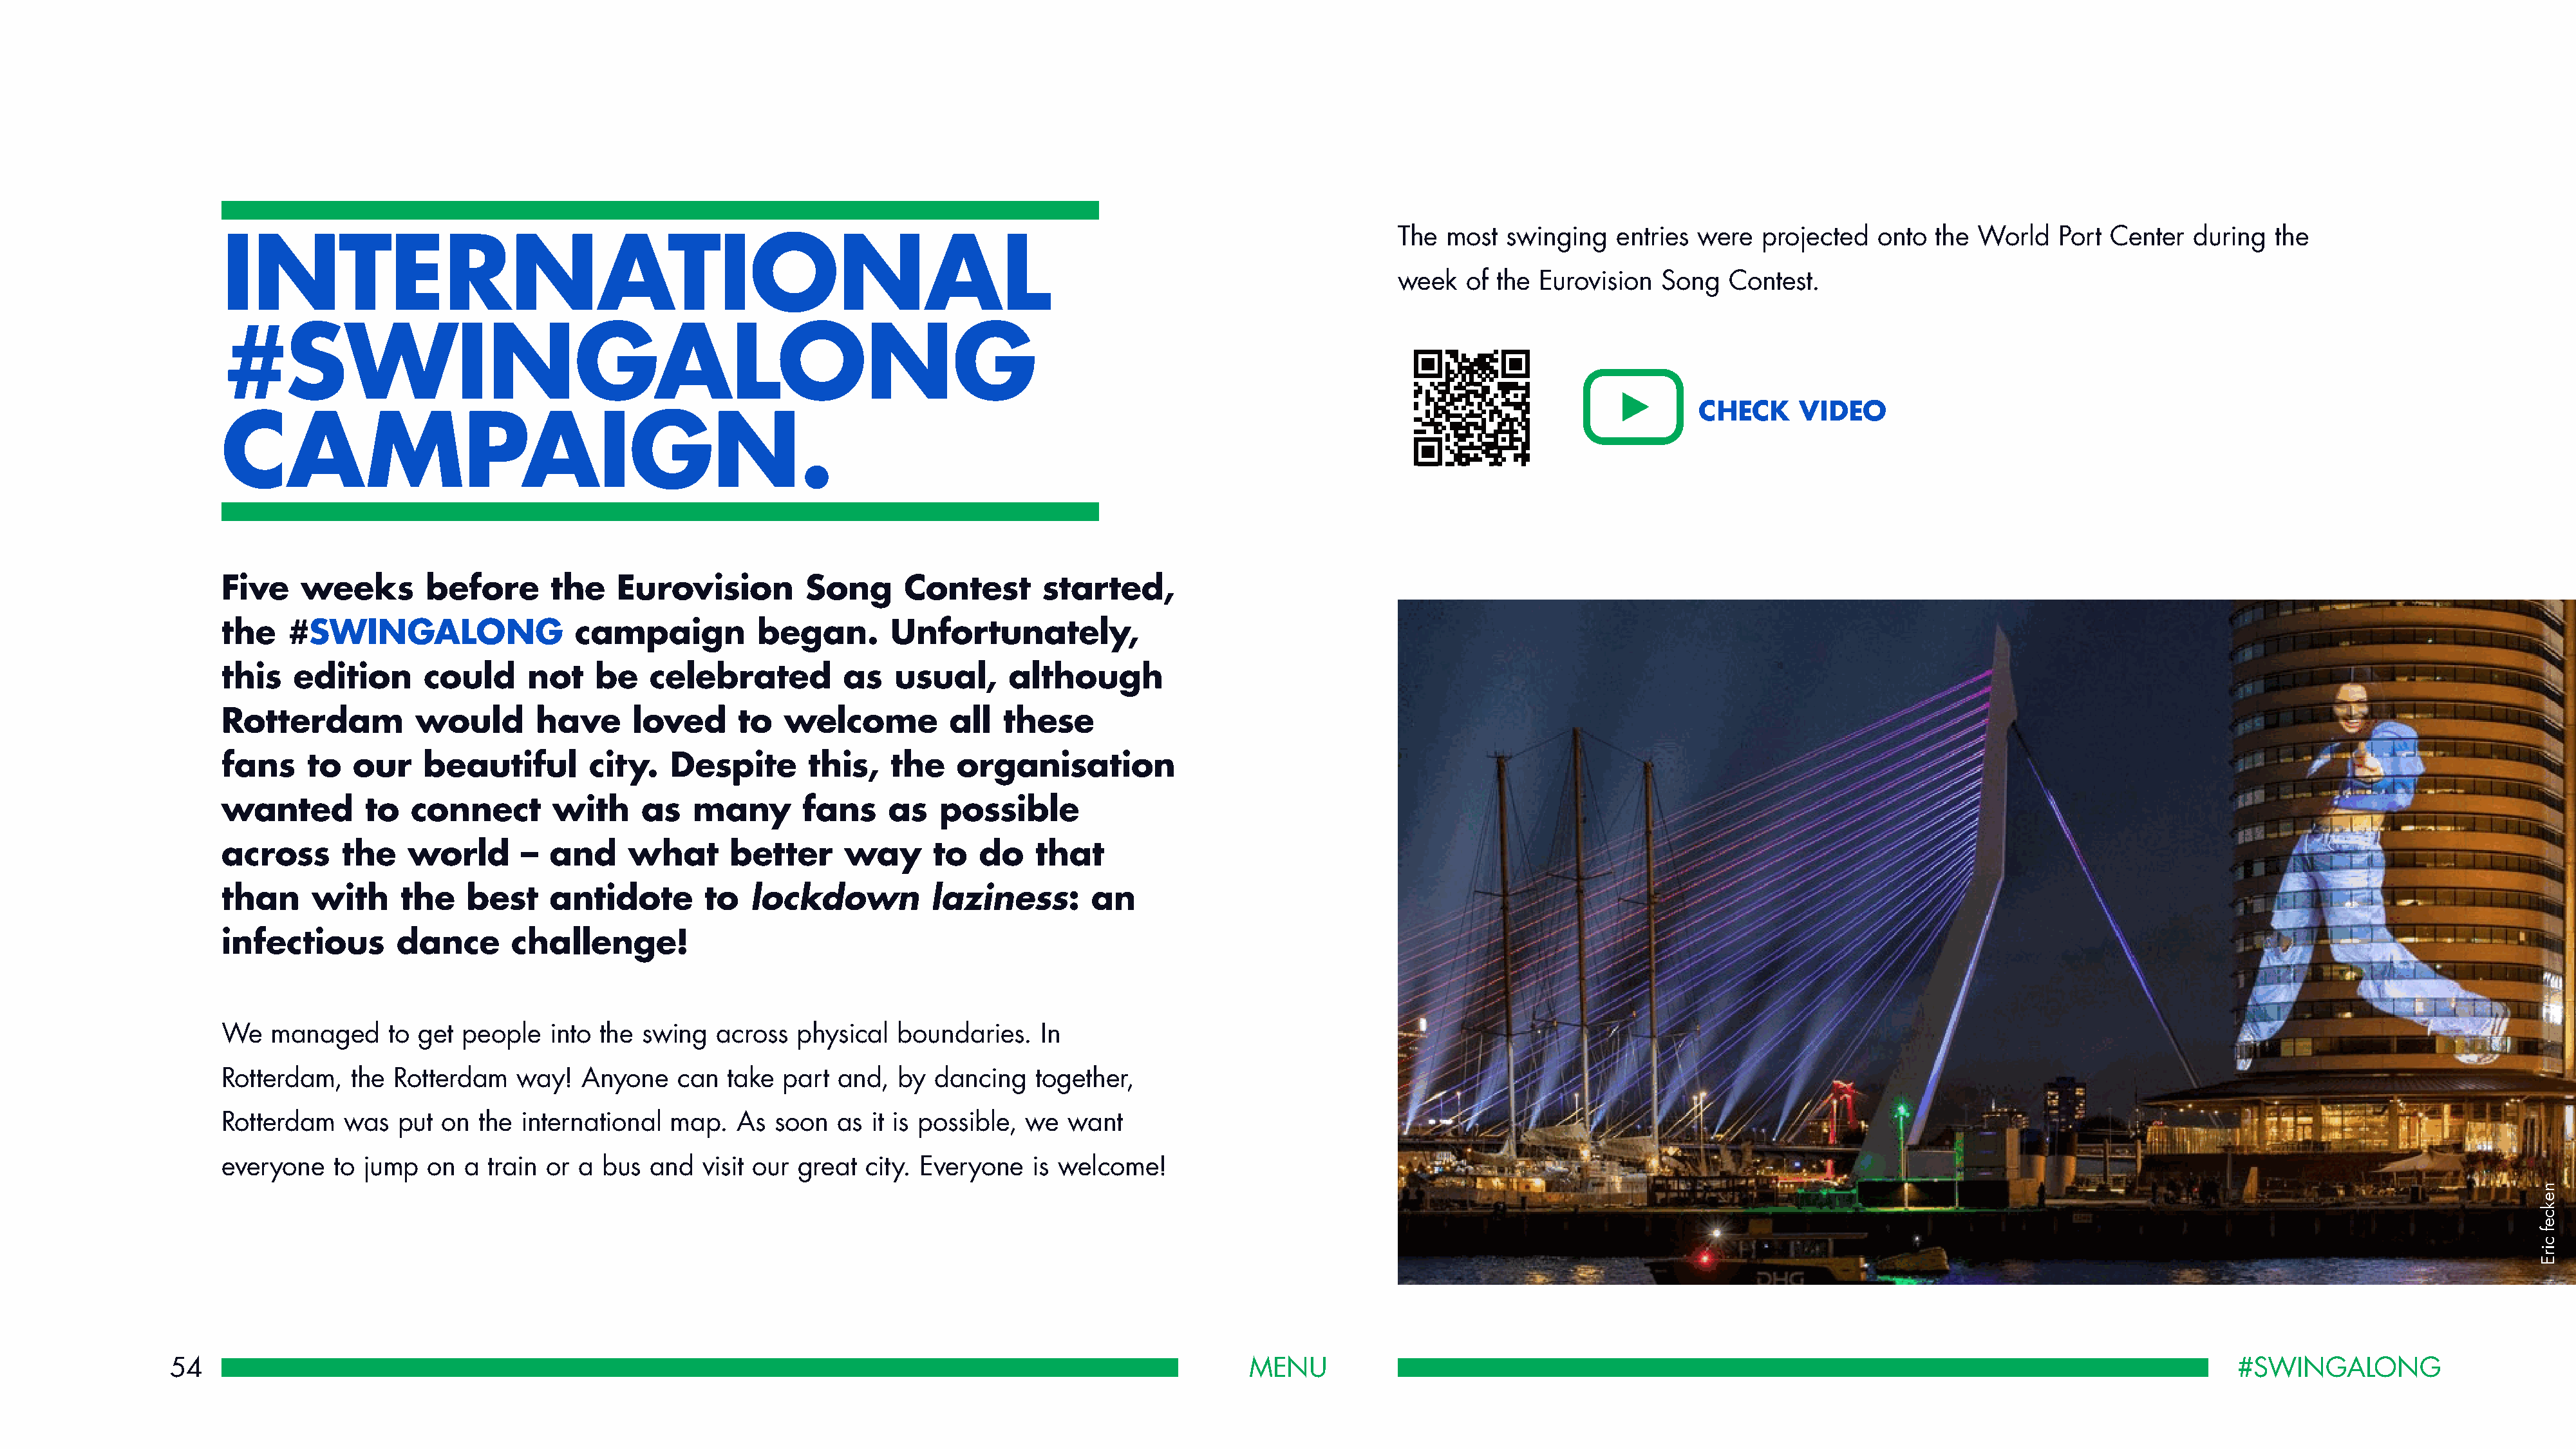
The  most  swinging   entries  were  projected   onto  the World    Port Center   during  the
 INTERNATIONAL
 week   of the Eurovision   Song   Contest.
 #SWINGALONG
 CHECK     VIDEO
 CAMPAIGN.
 Five    weeks        before       the   Eurovision          Song      Contest       started,
 the    #SWINGALONG                  campaign           began.        Unfortunately,
 this   edition       could     not    be    celebrated          as   usual,      although
 Rotterdam           would       have      loved      to   welcome          all  these
 fans     to  our     beautiful        city.   Despite       this,    the   organisation
 wanted         to  connect        with     as   many        fans    as    possible
 across      the    world       – and      what      better      way      to   do   that
 than     with     the    best    antidote        to   lockdown           laziness:       an
 infectious        dance       challenge!
 We   managed     to get  people   into the swing   across  physical  boundaries.    In
 Rotterdam,   the Rotterdam    way!   Anyone    can  take  part and,  by  dancing   together,
 Rotterdam   was   put on  the  international  map.   As  soon  as  it is possible, we  want
 everyone   to jump   on  a train or  a bus  and  visit our great  city. Everyone   is welcome!
 54                                                                                                             MENU                                                                                                  #SWINGALONG
 nekcef
 cirE